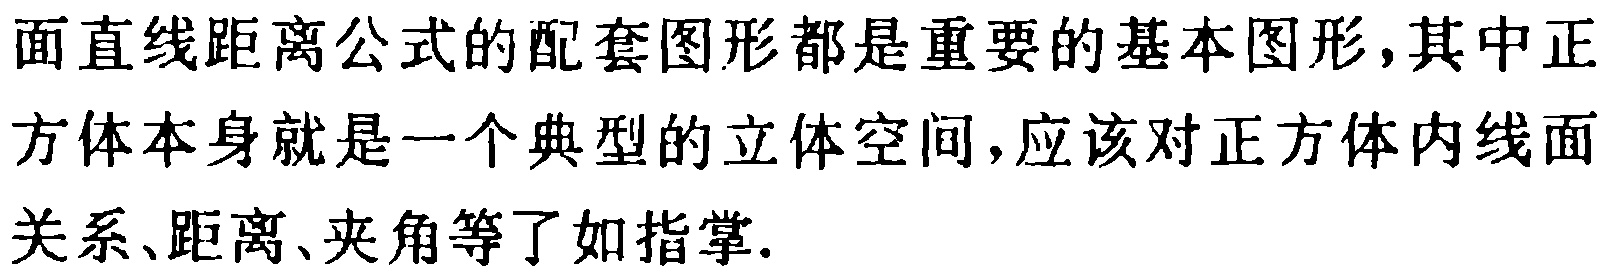
面直线距离公式的配套图形都是重要的基本图形,其中正方体本身就是一个典型的立体空间,应该对正方体内线面关系、距离、夹角等了如指掌.